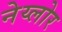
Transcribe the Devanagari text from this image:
नेय्लोर